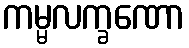
ကမ္မလက္ခဏော